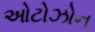
ઓટોઝોન